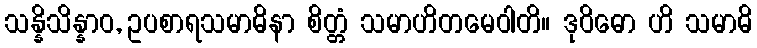
သန္နိသိန္နာဝ, ဥပစာရသမာဓိနာ စိတ္တံ သမာဟိတမေဝါတိ။ ဒုဝိဓော ဟိ သမာဓိ